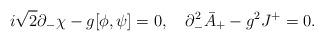
LaTeX: \begin{align*}i\sqrt{2} \partial_{-}\chi - g[\phi,\psi] = 0,\quad\partial_{-}^{2} \bar{A}_{+} - g^2 J^{+} = 0.\end{align*}